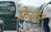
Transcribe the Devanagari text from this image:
फ्रेज़ेर